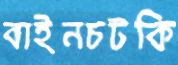
বাইনচটকি